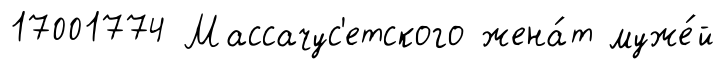
17001774 Массачус'етского жена́т муже́й